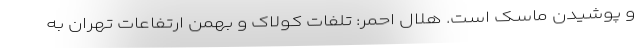
و پوشیدن ماسک است. هلال احمر: تلفات کولاک و بهمن ارتفاعات تهران به